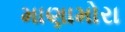
માણામોરા